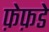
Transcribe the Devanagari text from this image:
फ़ेफ़डे